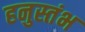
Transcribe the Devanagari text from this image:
हनुस्तंभ